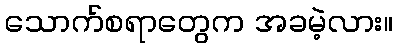
သောက်စရာတွေက အခမဲ့လား။